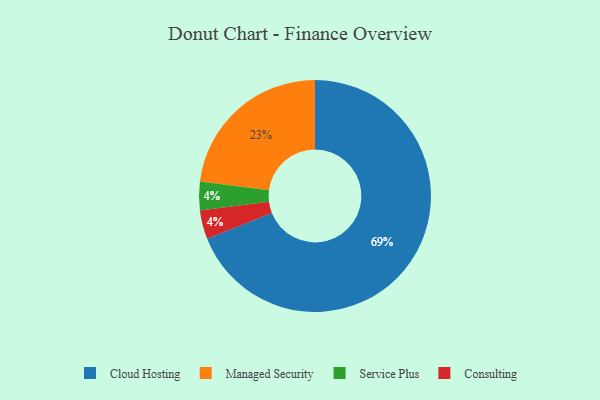
{"axis": {"x": "Category", "y": "Percentage"}, "legend": ["Cloud Hosting", "Consulting", "Managed Security", "Service Plus"], "data": [{"x": "Cloud Hosting", "y": 69, "type": "Cloud Hosting"}, {"x": "Managed Security", "y": 23, "type": "Managed Security"}, {"x": "Service Plus", "y": 4, "type": "Service Plus"}, {"x": "Consulting", "y": 4, "type": "Consulting"}]}